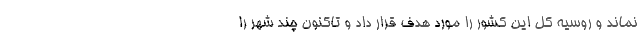
نماند و روسیه کل این کشور را مورد هدف قرار داد و تاکنون چند شهر را